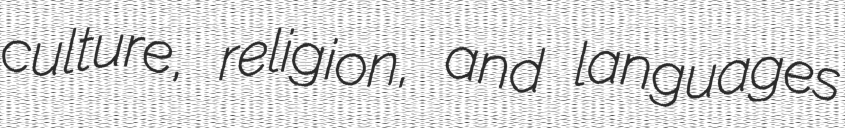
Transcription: culture, religion, and languages